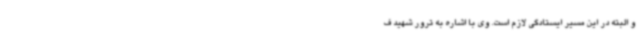
و البته در این مسیر ایستادگی لازم است. وی با اشاره به ترور شهید ف